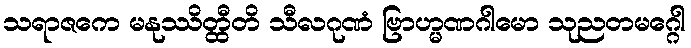
သရာဇကေ မနုဿိတ္ထီတိ သီလဂုဏံ ဗြာဟ္မဏဂါမော သုညတမဂ္ဂေါ